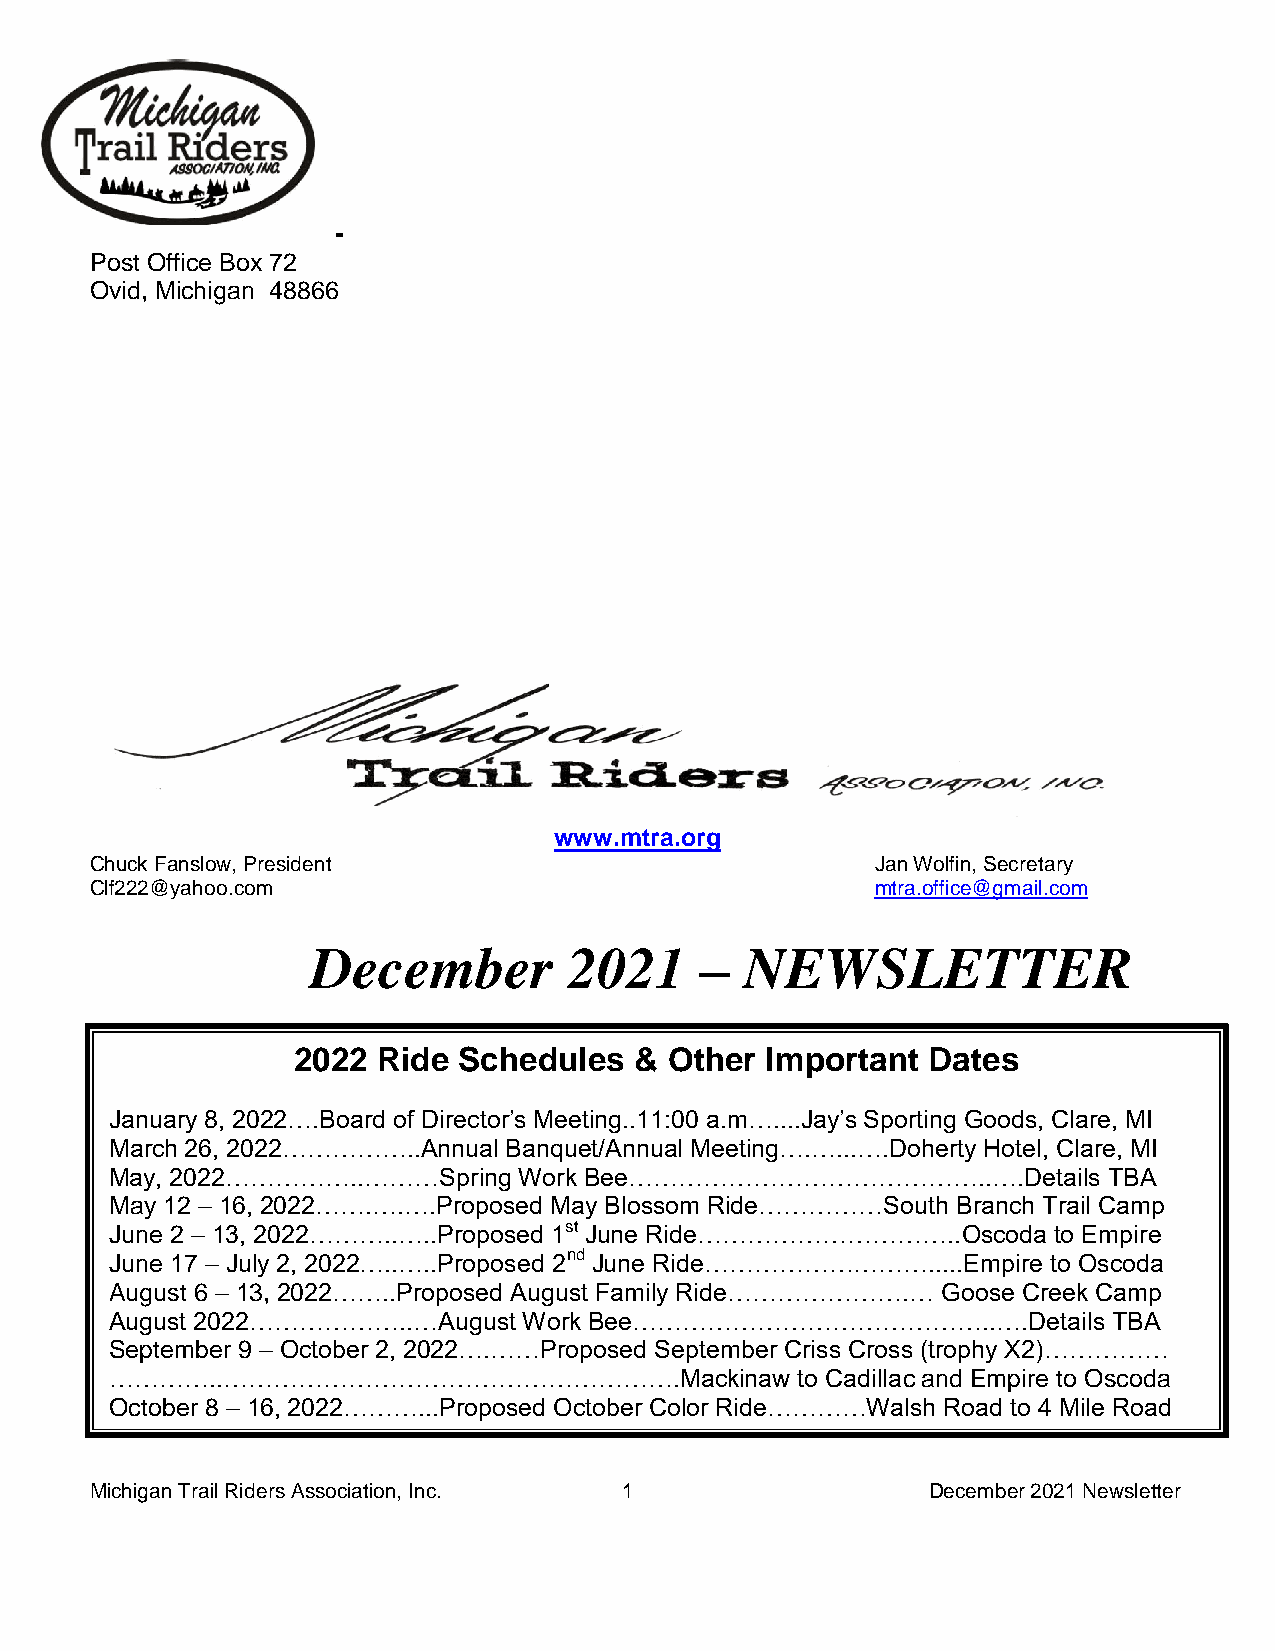
-
 Post Office Box 72
 Ovid, Michigan 48866
 www.mtra.org
 Chuck Fanslow, President                            Jan Wolfin, Secretary
 Clf222@yahoo.com                                    mtra.office@gmail.com
 December         2021    –  NEWSLETTER
 2022  Ride Schedules   & Other  Important Dates
 January 8, 2022….Board of Director’s Meeting..11:00 a.m…....Jay’s Sporting GSoaollyd Ss,e aCvlearr, eH,i sMtoIr i an
 March 26, 2022……………..Annual BanqHuISeTt/OARnYn uTaRlI VMIAe eting….…...….Doherty Hotel, Clare, MI
 May, 2022……………..………Spring  Work Bee……………………………………..….Details      TBA
 May 12 – 16, 2022…….….….Proposed May Blossom Ride……………South Branch Trail Camp
 June 2 – 13, 2022………..…..Proposed 1st June Ride…………………………..Oscoda to Empire
 June 17 – July 2, 2022…..…..Proposed 2nd June Ride……………………….....Empire to Oscoda
 August 6 – 13, 2022……..Proposed August Family Ride………………….… Goose Creek Camp
 August 2022………………..…August  Work Bee……………………………………..….Details      TBA
 September 9 – October 2, 2022….……Proposed September Criss Cross (trophy X2)……………
 …………..……………………………………………….Mackinaw             to Cadillac and Empire to Oscoda
 October 8 – 16, 2022………...Proposed October Color Ride…………Walsh Road to 4 Mile Road
 Michigan Trail Riders Association, Inc. 1               December 2021 Newsletter